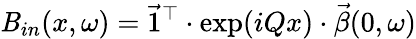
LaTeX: \mathit{B}_{in}(x,\omega)=\vec{{1}}^{\top}\cdot\exp(iQx)\cdot\vec{{\beta}}(0,\omega)